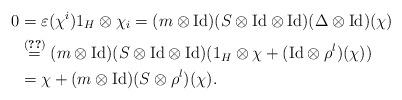
LaTeX: \begin{align*}0&=\varepsilon(\chi^{i})1_{H}\otimes\chi_{i}=(m\otimes\mathrm{Id})(S\otimes\mathrm{Id}\otimes\mathrm{Id})(\Delta\otimes\mathrm{Id})(\chi)\\&\overset{\eqref{eq:CC4'2}}=(m\otimes\mathrm{Id})(S\otimes\mathrm{Id}\otimes\mathrm{Id})(1_{H}\otimes\chi+(\mathrm{Id}\otimes\rho^{l})(\chi))\\&=\chi+(m\otimes\mathrm{Id})(S\otimes\rho^{l})(\chi).\end{align*}